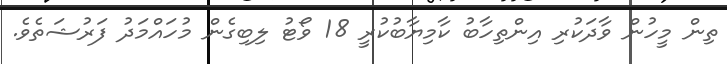
ތިން މީހުން ވާދަކުރި އިންތިހާބު ކާމިޔާބުކުރީ 18 ވޯޓު ލިބިގެން މުހައްމަދު ފަރުޝަތެވެ.